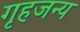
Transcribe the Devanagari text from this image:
गृहजन्य